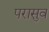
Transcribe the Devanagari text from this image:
परासुव